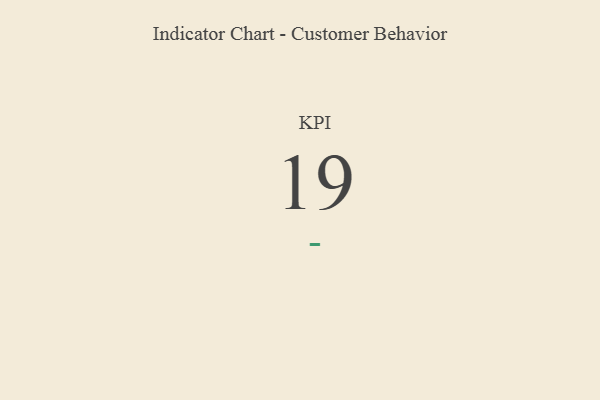
{"axis": {"x": "KPI", "y": "Value"}, "legend": [""], "data": [{"x": "KPI", "y": 19, "type": ""}]}